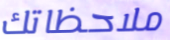
ملاحظاتك